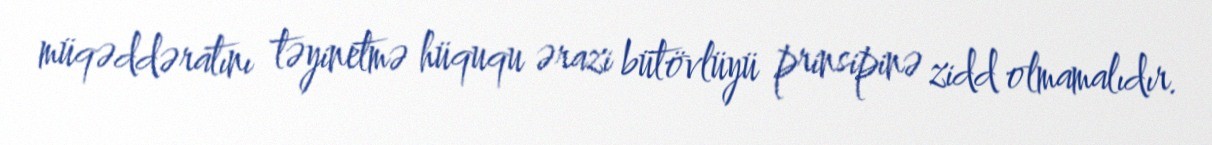
müqəddəratını təyinetmə hüququ ərazi bütövlüyü prinsipinə zidd olmamalıdır.